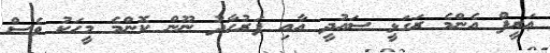
ޢަރީފް އެންމެ ރަގަޅީ ސައުދީ އާއި ފަރުހާދު ނޫން ކޮންމެ މީހަކު ވެސް